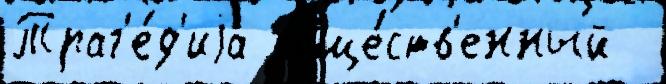
Траг'е́д'иjа обще́ств'енный